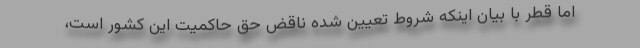
اما قطر با بیان اینکه شروط تعیین شده ناقض حق حاکمیت این کشور است،